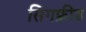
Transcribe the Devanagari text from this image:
सिगफ्रीड